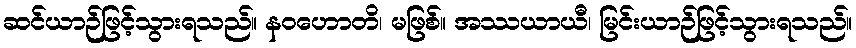
ဆင်ယာဉ်ဖြင့်သွားရသည်။ နဝဟောတိ၊ မဖြစ်။ အဿယာယီ၊ မြင်းယာဉ်ဖြင့်သွားရသည်။